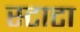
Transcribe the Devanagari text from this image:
स्टाटा